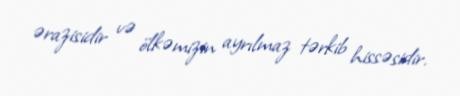
ərazisidir və ölkəmizin ayrılmaz tərkib hissəsidir.